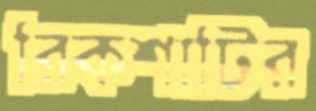
রিকশাটির